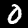
Label: 0